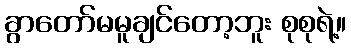
ခွာတော်မမူချင်တော့ဘူး စုစုရဲ့။